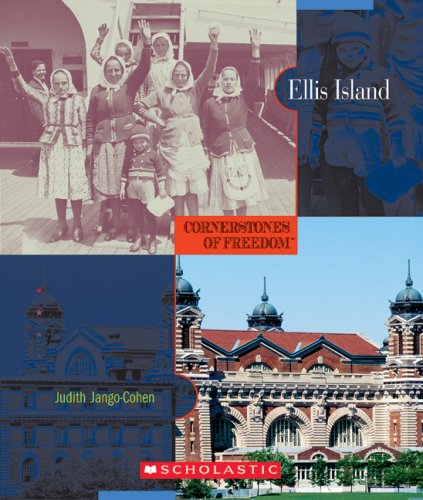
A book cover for Ellis Island (Cornerstones of Freedom: Second); Judith Jango-Cohen; Children's Books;